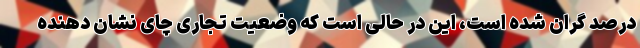
درصد گران شده است، این در حالی است که وضعیت تجاری چای نشان دهنده